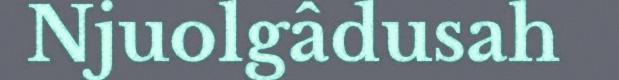
Njuolgâdusah